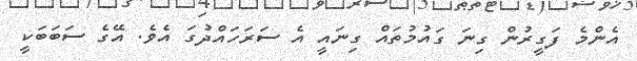
އެންމެ ފަގީރުން ގިނަ ގައުމުތައް ގިނައީ އެ ސަރަހައްދުގަ އެވެ. އޭގެ ސަބަބަކީ